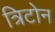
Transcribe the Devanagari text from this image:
त्रिटोन